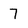
Character: 7